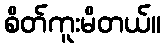
စိတ်ကူးမိတယ်။